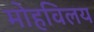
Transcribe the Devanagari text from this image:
मोहविलय